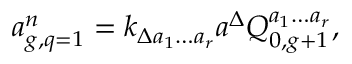
a _ { g , q = 1 } ^ { n } = k _ { \Delta a _ { 1 } \ldots a _ { r } } a ^ { \Delta } { \cal Q } _ { 0 , g + 1 } ^ { a _ { 1 } \ldots a _ { r } } ,